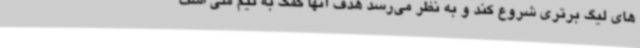
های لیگ برتری شروع کند و به نظر می‌رسد هدف آنها کمک به تیم ملی است